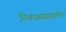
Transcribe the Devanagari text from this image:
निबंधसंग्रहातील